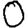
Digit: 0